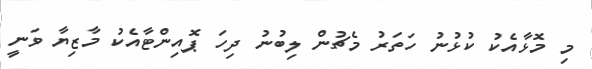
މި މޮޅާއެކު ކުޅުނު ހަތަރު މެޗުން ލިބުނު ދިހަ ޕޮއިންޓާއެކު މާޒިޔާ ވަނީ